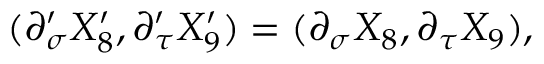
( \partial _ { \sigma } ^ { \prime } X _ { 8 } ^ { \prime } , \partial _ { \tau } ^ { \prime } X _ { 9 } ^ { \prime } ) = ( \partial _ { \sigma } X _ { 8 } , \partial _ { \tau } X _ { 9 } ) ,